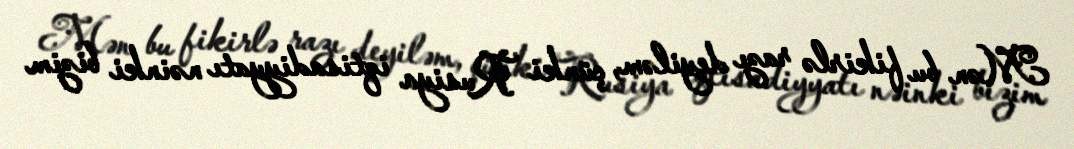
Mən bu fikirlə razı deyiləm, çünki Rusiya iqtisadiyyatı nəinki bizim